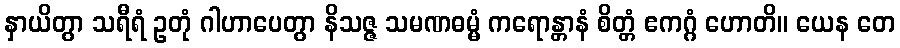
နှာယိတွာ သရီရံ ဥတုံ ဂါဟာပေတွာ နိသဇ္ဇ သမဏဓမ္မံ ကရောန္တာနံ စိတ္တံ ဧကဂ္ဂံ ဟောတိ။ ယေန တေ